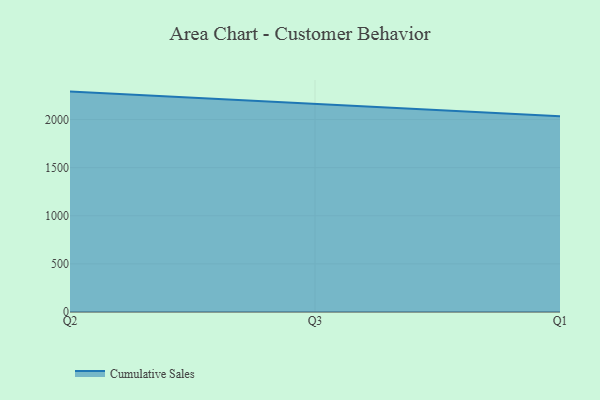
{"axis": {"x": "Quarter", "y": "Website Visitors"}, "legend": ["Cumulative Sales"], "data": [{"x": "Q2", "y": 2290.5, "type": "Cumulative Sales"}, {"x": "Q3", "y": 2161.3, "type": "Cumulative Sales"}, {"x": "Q1", "y": 2034.8, "type": "Cumulative Sales"}]}